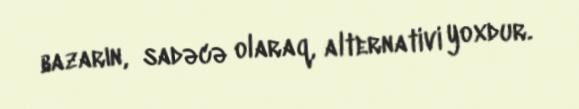
bazarın, sadəcə olaraq, alternativi yoxdur.